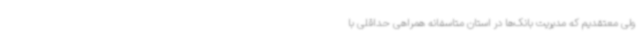
ولی معتقدیم که مدیریت بانک‌ها در استان متاسفانه همراهی حداقلی با